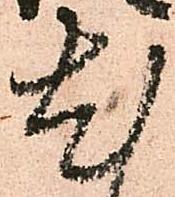
尤